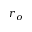
r _ { o }